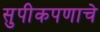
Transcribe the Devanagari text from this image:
सुपीकपणाचे